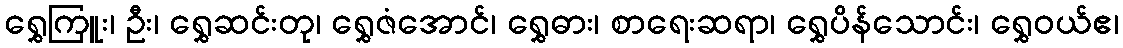
ရွှေကြူး၊ ဦး၊ ရွှေဆင်းတု၊ ရွှေဇံအောင်၊ ရွှေဓား၊ စာရေးဆရာ၊ ရွှေပိန်သောင်း၊ ရွှေဝယ်ဧ၊